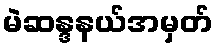
မဲဆန္ဒနယ်အမှတ်